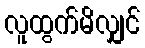
လူထွက်မိလျှင်